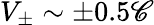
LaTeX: V_{\pm}\sim\pm0.5\mathscr{C}